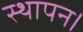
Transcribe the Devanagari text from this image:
स्थापन।